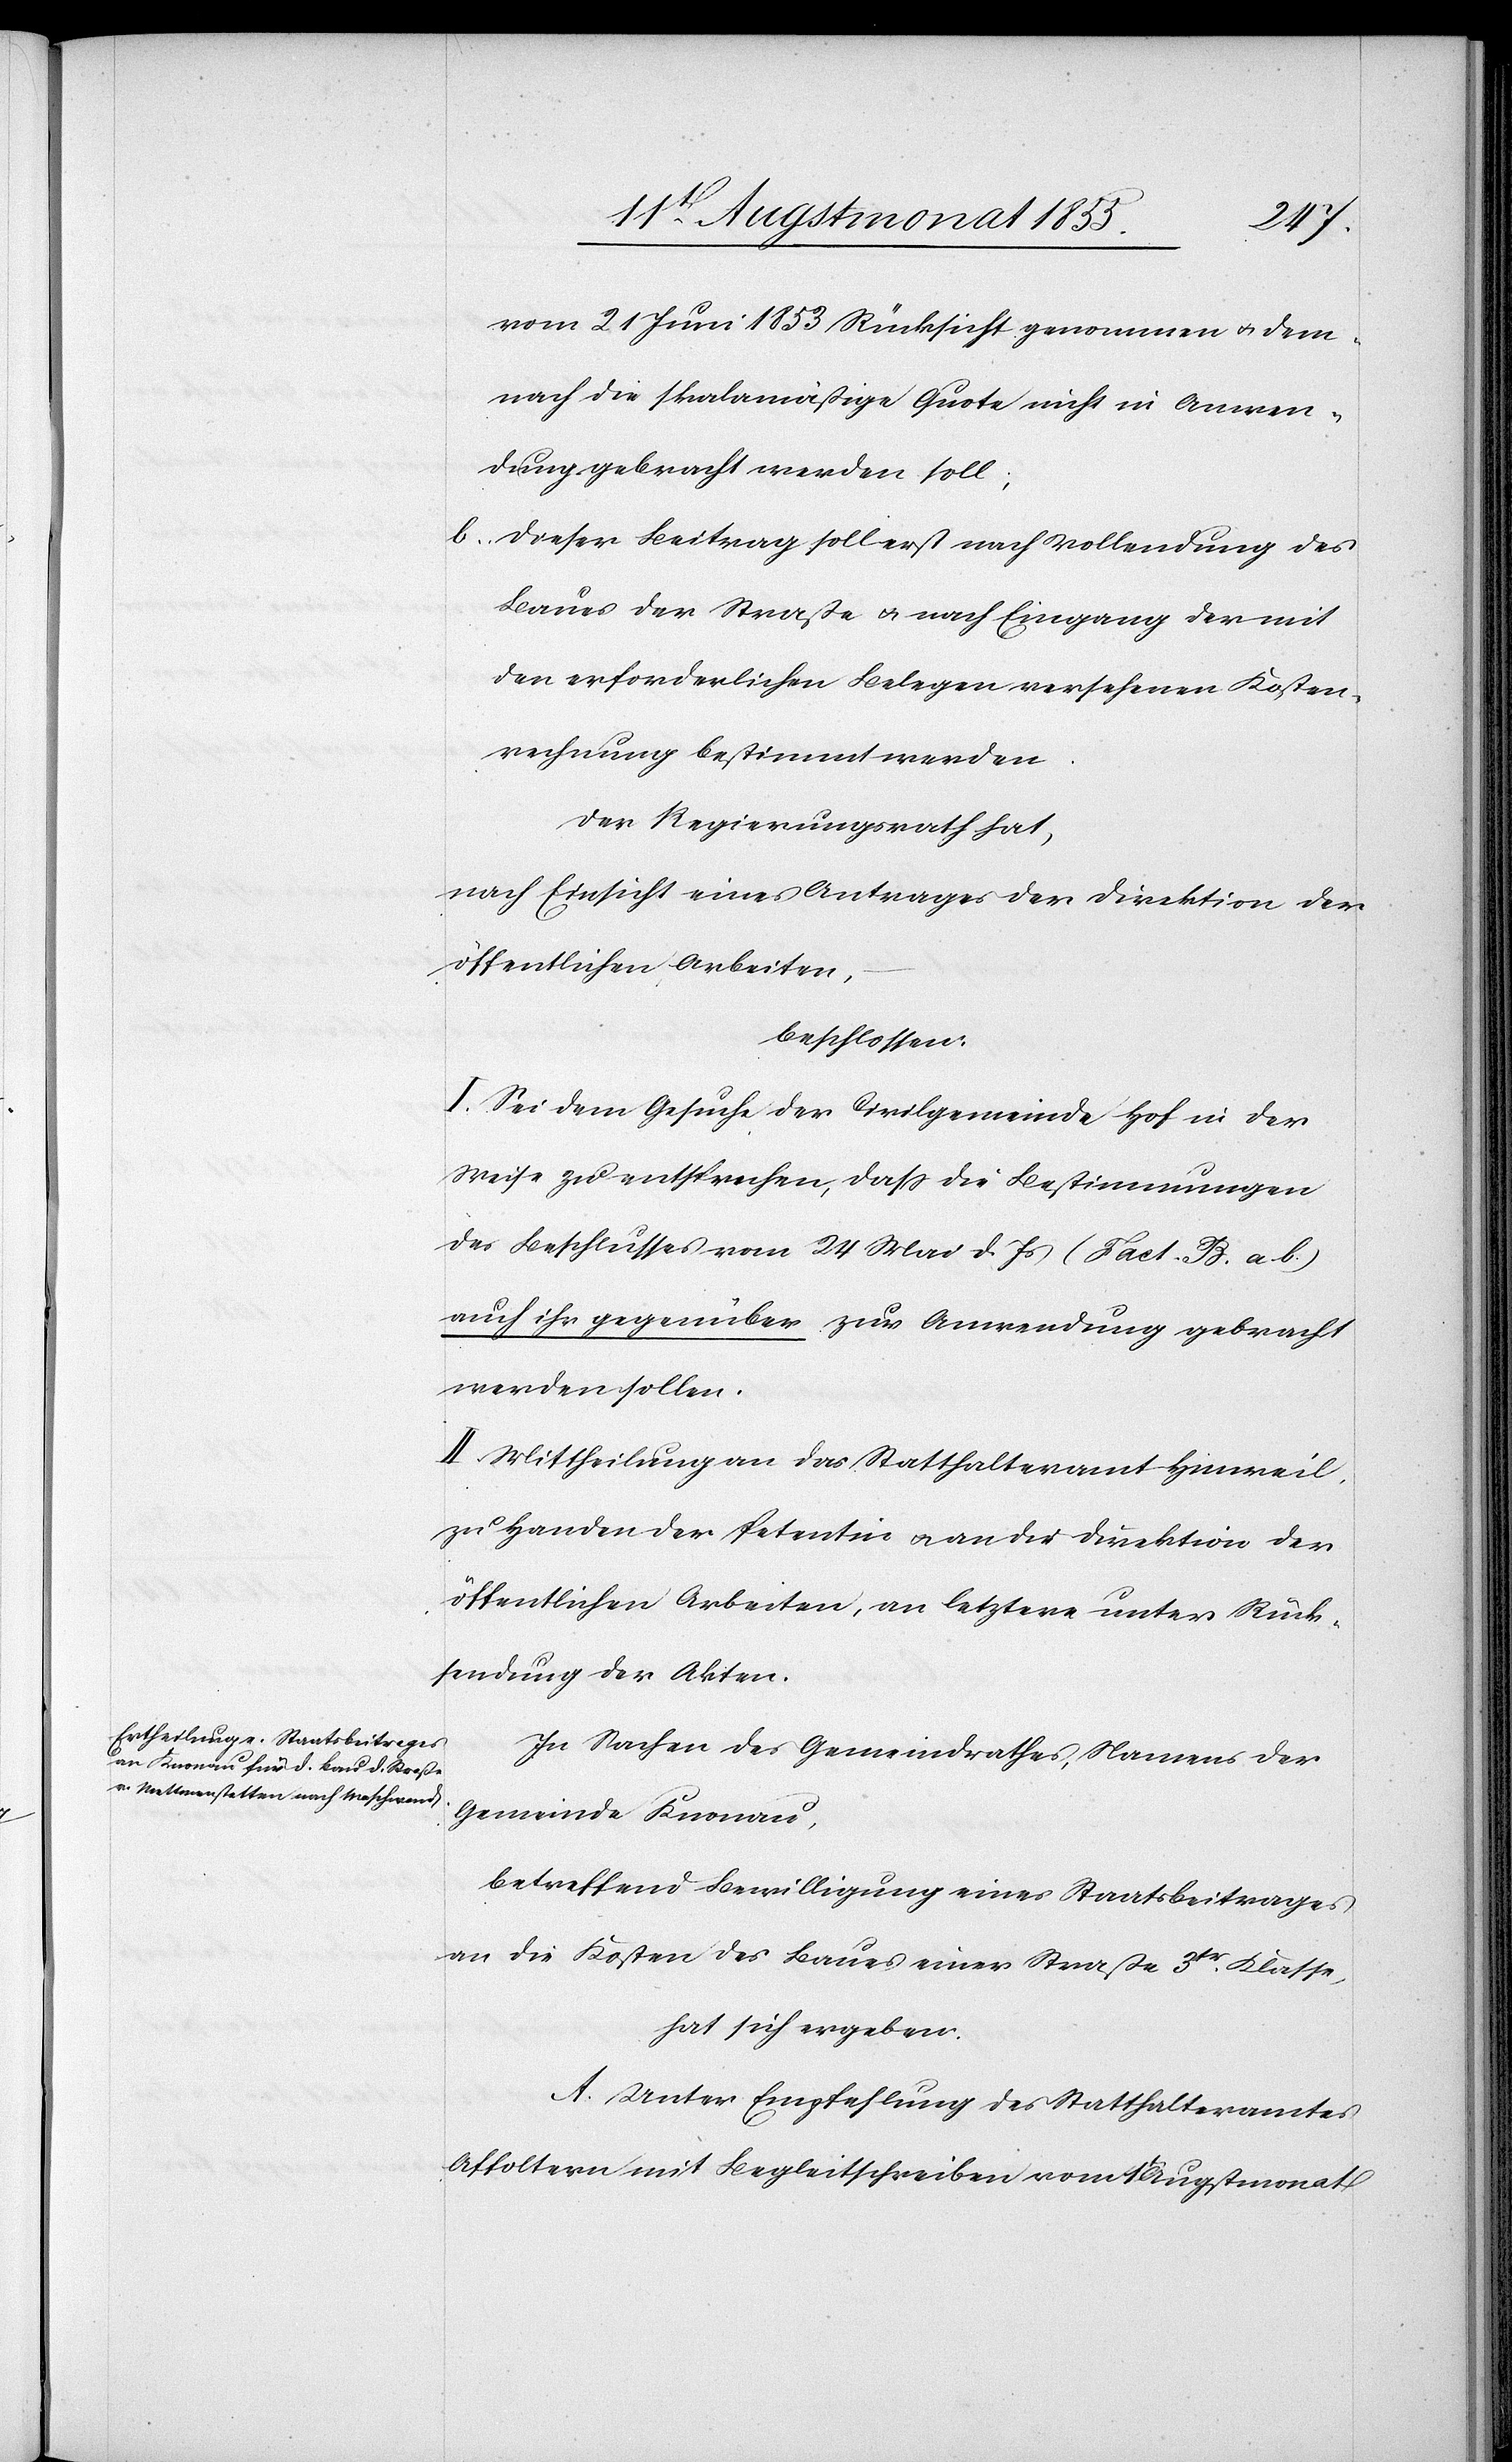
vom 21 Juni 1853 Rücksicht genommen & dem¬
nach die skalamäßige Quote nicht in Anwen¬
dung gebracht werden soll;
dieser Beitrag soll erst nach Vollendung des
Baues der Straße & nach Eingang der mit
den erforderlichen Belegen versehenen Kosten¬
rechnung bestimmt werden.
Der Regierungsrath hat,
nach Einsicht eines Antrages der Direktion der
öffentlichen Arbeiten,
beschlossen:
I. Sei dem Gesuche der Civilgemeinde Hof in der
Weise zu entsprechen, dass die Bestimmungen
des Beschlusses vom 24 Mai d. Js (Fact. B. a. b.)
auch ihr gegenüber zur Anwendung gebracht
werden sollen.
II. Mittheilung an das Statthalteramt Hinweil,
zu Handen der Petentin & an die Direktion der
öffentlichen Arbeiten, an letztere unter Rück¬
sendung der Akten.
In Sachen des Gemeindrathes, Namens der
Gemeinde Knonau,
betreffend Bewilligung eines Staatsbeitrages
an die Kosten des Baues einer Straße 3tr. Klasse,
hat sich ergeben:
A. Unter Empfehlung des Statthalteramtes
Affoltern mit Begleitschreiben vom 1t Augstmonat